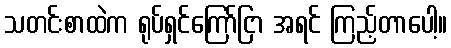
သတင်းစာထဲက ရုပ်ရှင်ကြော်ငြာ အရင် ကြည့်တာပေါ့။